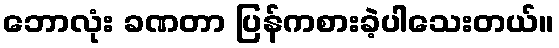
ဘောလုံး ခဏတာ ပြန်ကစားခဲ့ပါသေးတယ်။